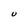
Character: U